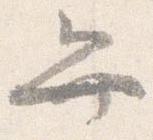
弁